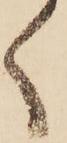
く